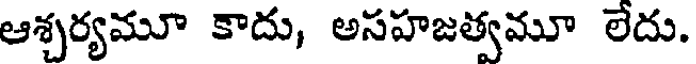
ఆశ్చర్యమూ కాదు, అసహజత్వమూ లేదు.